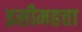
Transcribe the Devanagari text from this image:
इसीमहत्ता